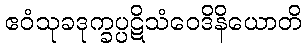
ဧဝံသုခဒုက္ခပ္ပဋိသံဝေဒိနိယောတိ